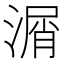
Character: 㴮